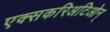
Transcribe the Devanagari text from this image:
एक्सकरिअटिओन्